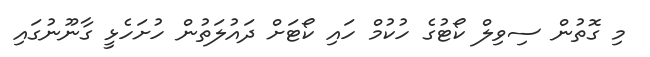
މި ގޮތުން ސިވިލް ކޯޓުގެ ހުކުމް ހައި ކޯޓަށް ދައުލަތުން ހުށަހެޅީ ގާނޫނުގައި